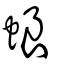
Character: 蜋